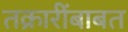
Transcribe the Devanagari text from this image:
तक्रारींबाबत